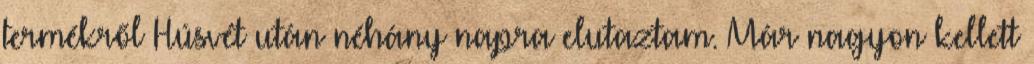
termékről Húsvét után néhány napra elutaztam. Már nagyon kellett